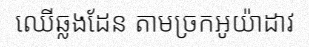
ឈើឆ្លងដែន តាមច្រកអូយ៉ាដាវ